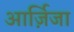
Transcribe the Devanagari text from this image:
आर्ज़िजा